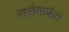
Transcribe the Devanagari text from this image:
सत्तेमार्फत